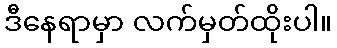
ဒီနေရာမှာ လက်မှတ်ထိုးပါ။